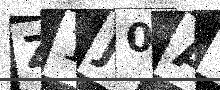
Text: Z1J0AL